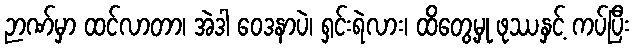
ဉာဏ်မှာ ထင်လာတာ၊ အဲဒါ ဝေဒနာပဲ၊ ရှင်းရဲလား၊ ထိတွေ့မှု ဖုဿနှင့် ကပ်ပြီး